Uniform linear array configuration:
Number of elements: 64
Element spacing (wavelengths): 0.25
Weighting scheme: hamming
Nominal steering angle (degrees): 45
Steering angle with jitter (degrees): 45.238
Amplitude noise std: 0.05
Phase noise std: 0.05

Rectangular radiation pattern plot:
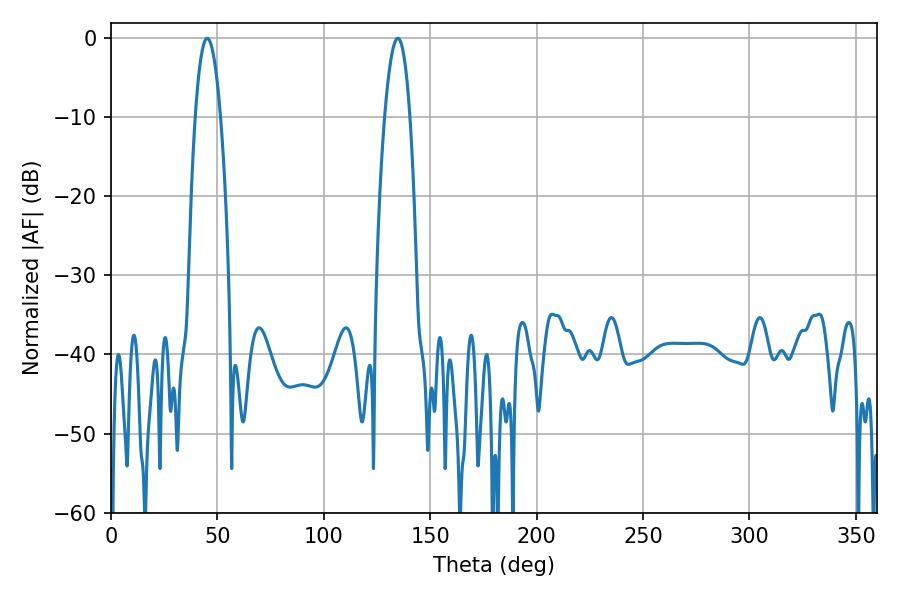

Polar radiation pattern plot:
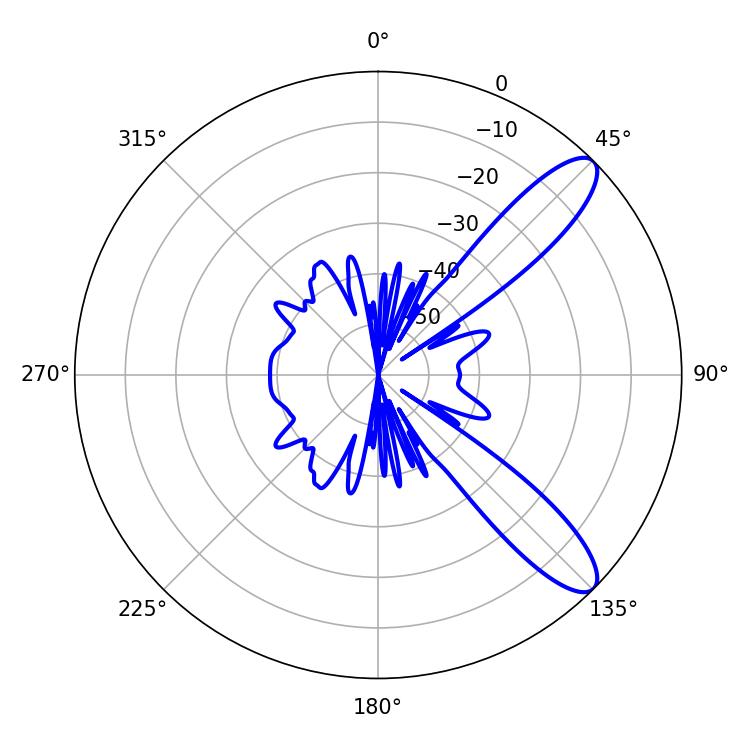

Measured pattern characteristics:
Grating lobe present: FALSE
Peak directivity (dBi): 10.579
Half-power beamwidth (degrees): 6.48
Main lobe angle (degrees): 45.18